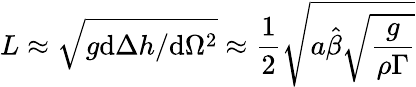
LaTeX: L\approx\sqrt{g\textrm{d}\Delta{h}/\textrm{d}\Omega^{2}}\approx\frac{1}{2}\sqrt{a\hat{\beta}\sqrt{\frac{g}{\rho\Gamma}}}